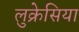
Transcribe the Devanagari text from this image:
लुक्रेसिया